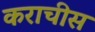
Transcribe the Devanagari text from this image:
कराचीस